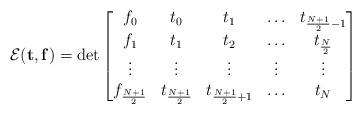
LaTeX: \begin{align*}\mathcal{E}(\mathbf{t}, \mathbf{f}) &= \det\begin{bmatrix}f_0 & t_0 & t_1 & \ldots & t_{\frac{N+1}{2}-1}\\f_1 & t_1 & t_2 & \ldots & t_{\frac{N}{2}}\\\vdots & \vdots & \vdots & \vdots & \vdots \\f_{\frac{N+1}{2}}& t_{\frac{N+1}{2}} & t_{\frac{N+1}{2}+1} & \ldots & t_{N}\end{bmatrix}\end{align*}